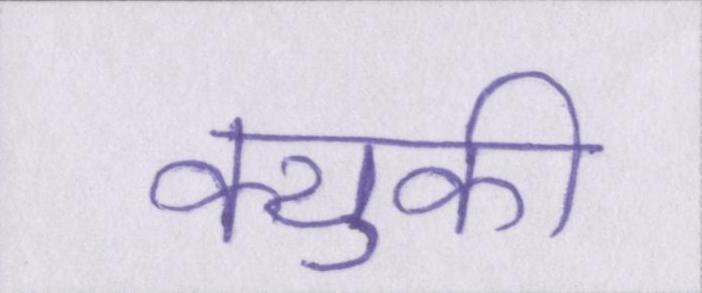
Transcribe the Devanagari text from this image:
क्युकी